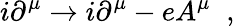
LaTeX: i\partial^{\mu}\rightarrow i\partial^{\mu}-eA^{\mu}\; \; ,